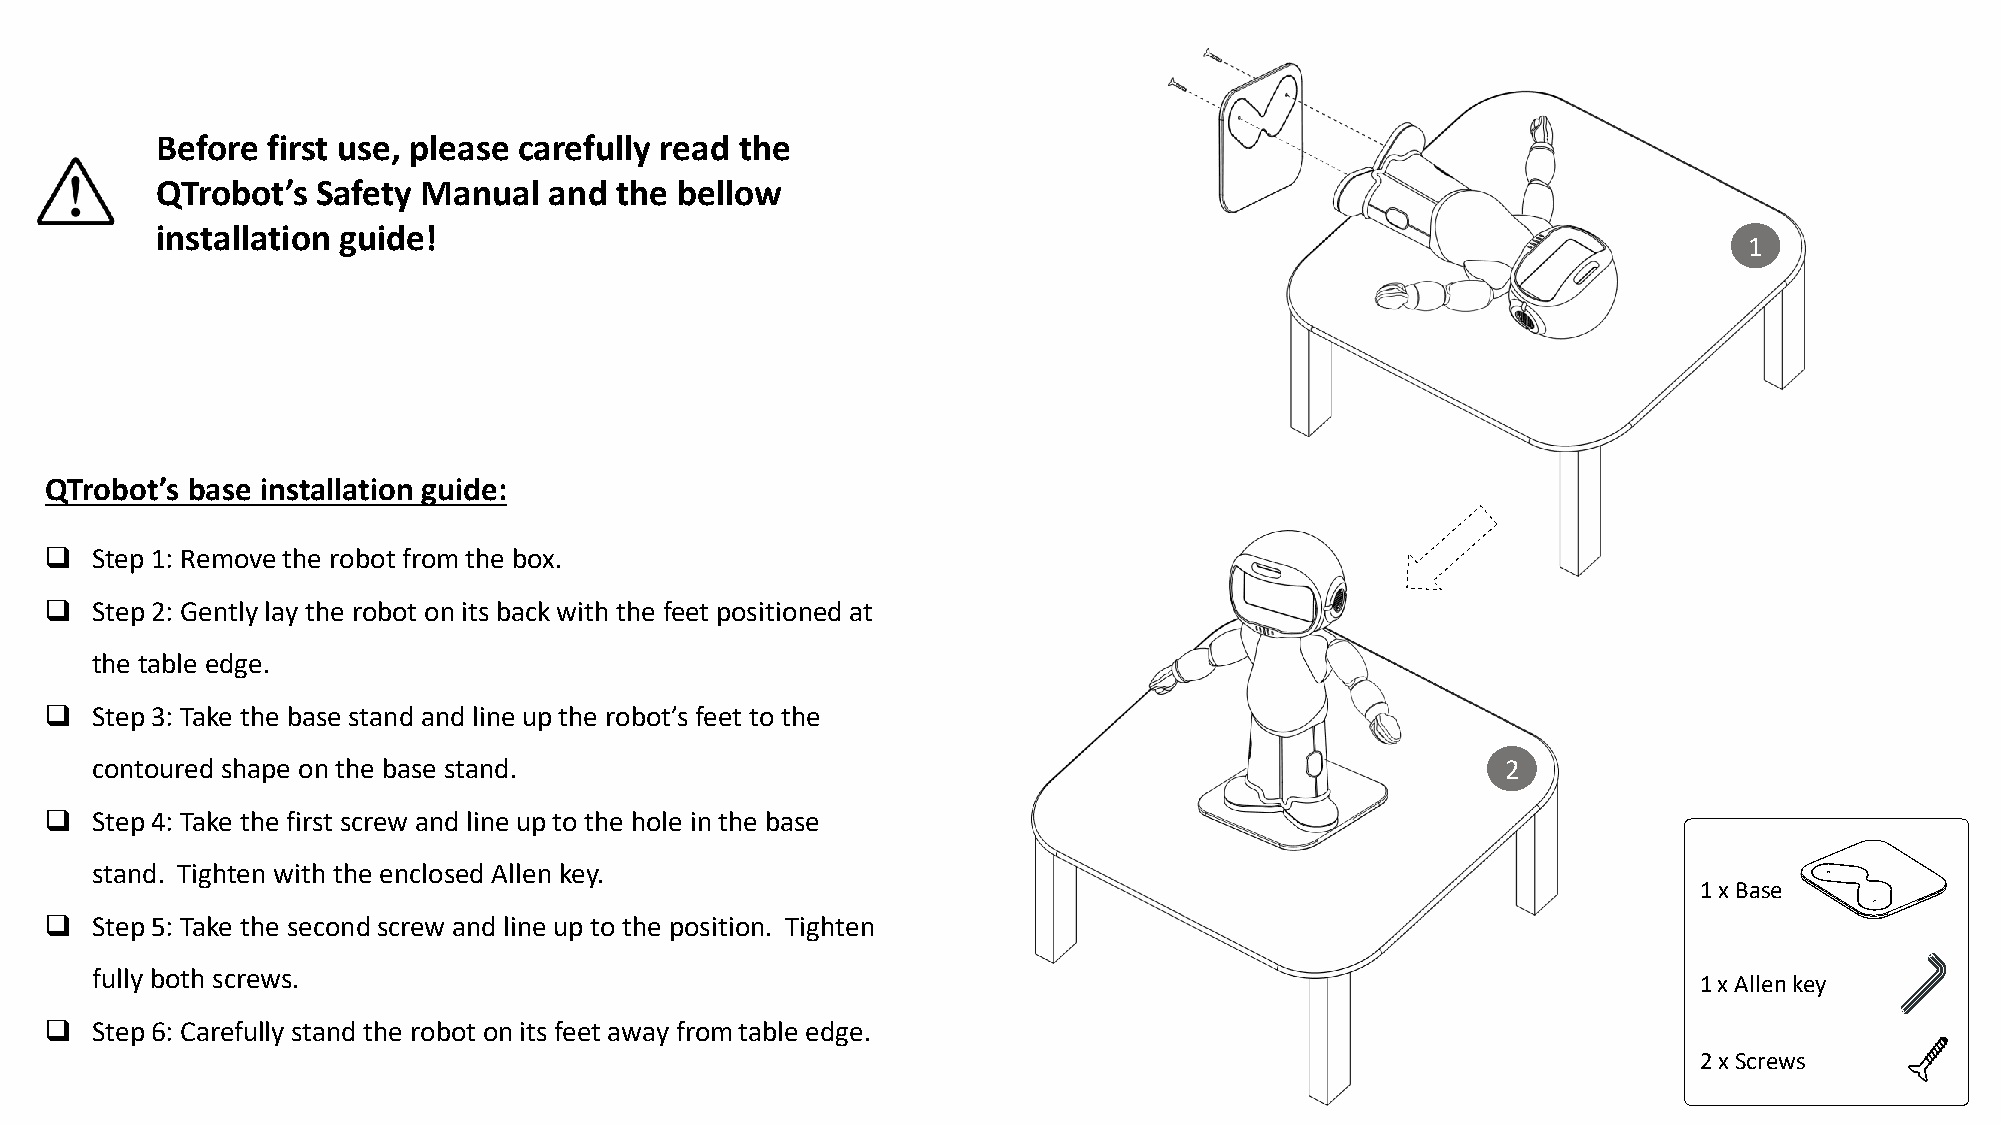
Before  first use, please carefully read the
 QTrobot’s  Safety Manual  and  the bellow
 installation guide!
 1
 QTrobot’s base installation guide:
 ❑  Step 1: Remove the robot from the box.
 ❑  Step 2: Gently lay the robot on its back with the feet positioned at
 the table edge.
 ❑  Step 3: Take the base stand and line up the robot’s feet to the
 contoured shape on the base stand.                                                            2
 ❑  Step 4: Take the first screw and line up to the hole in the base
 stand. Tighten with the enclosed Allen key.
 1 x Base
 ❑  Step 5: Take the second screw and line up to the position. Tighten
 fully both screws.
 1 x Allen key
 ❑  Step 6: Carefully stand the robot on its feet away from table edge.
 2 x Screws